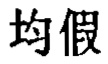
均假